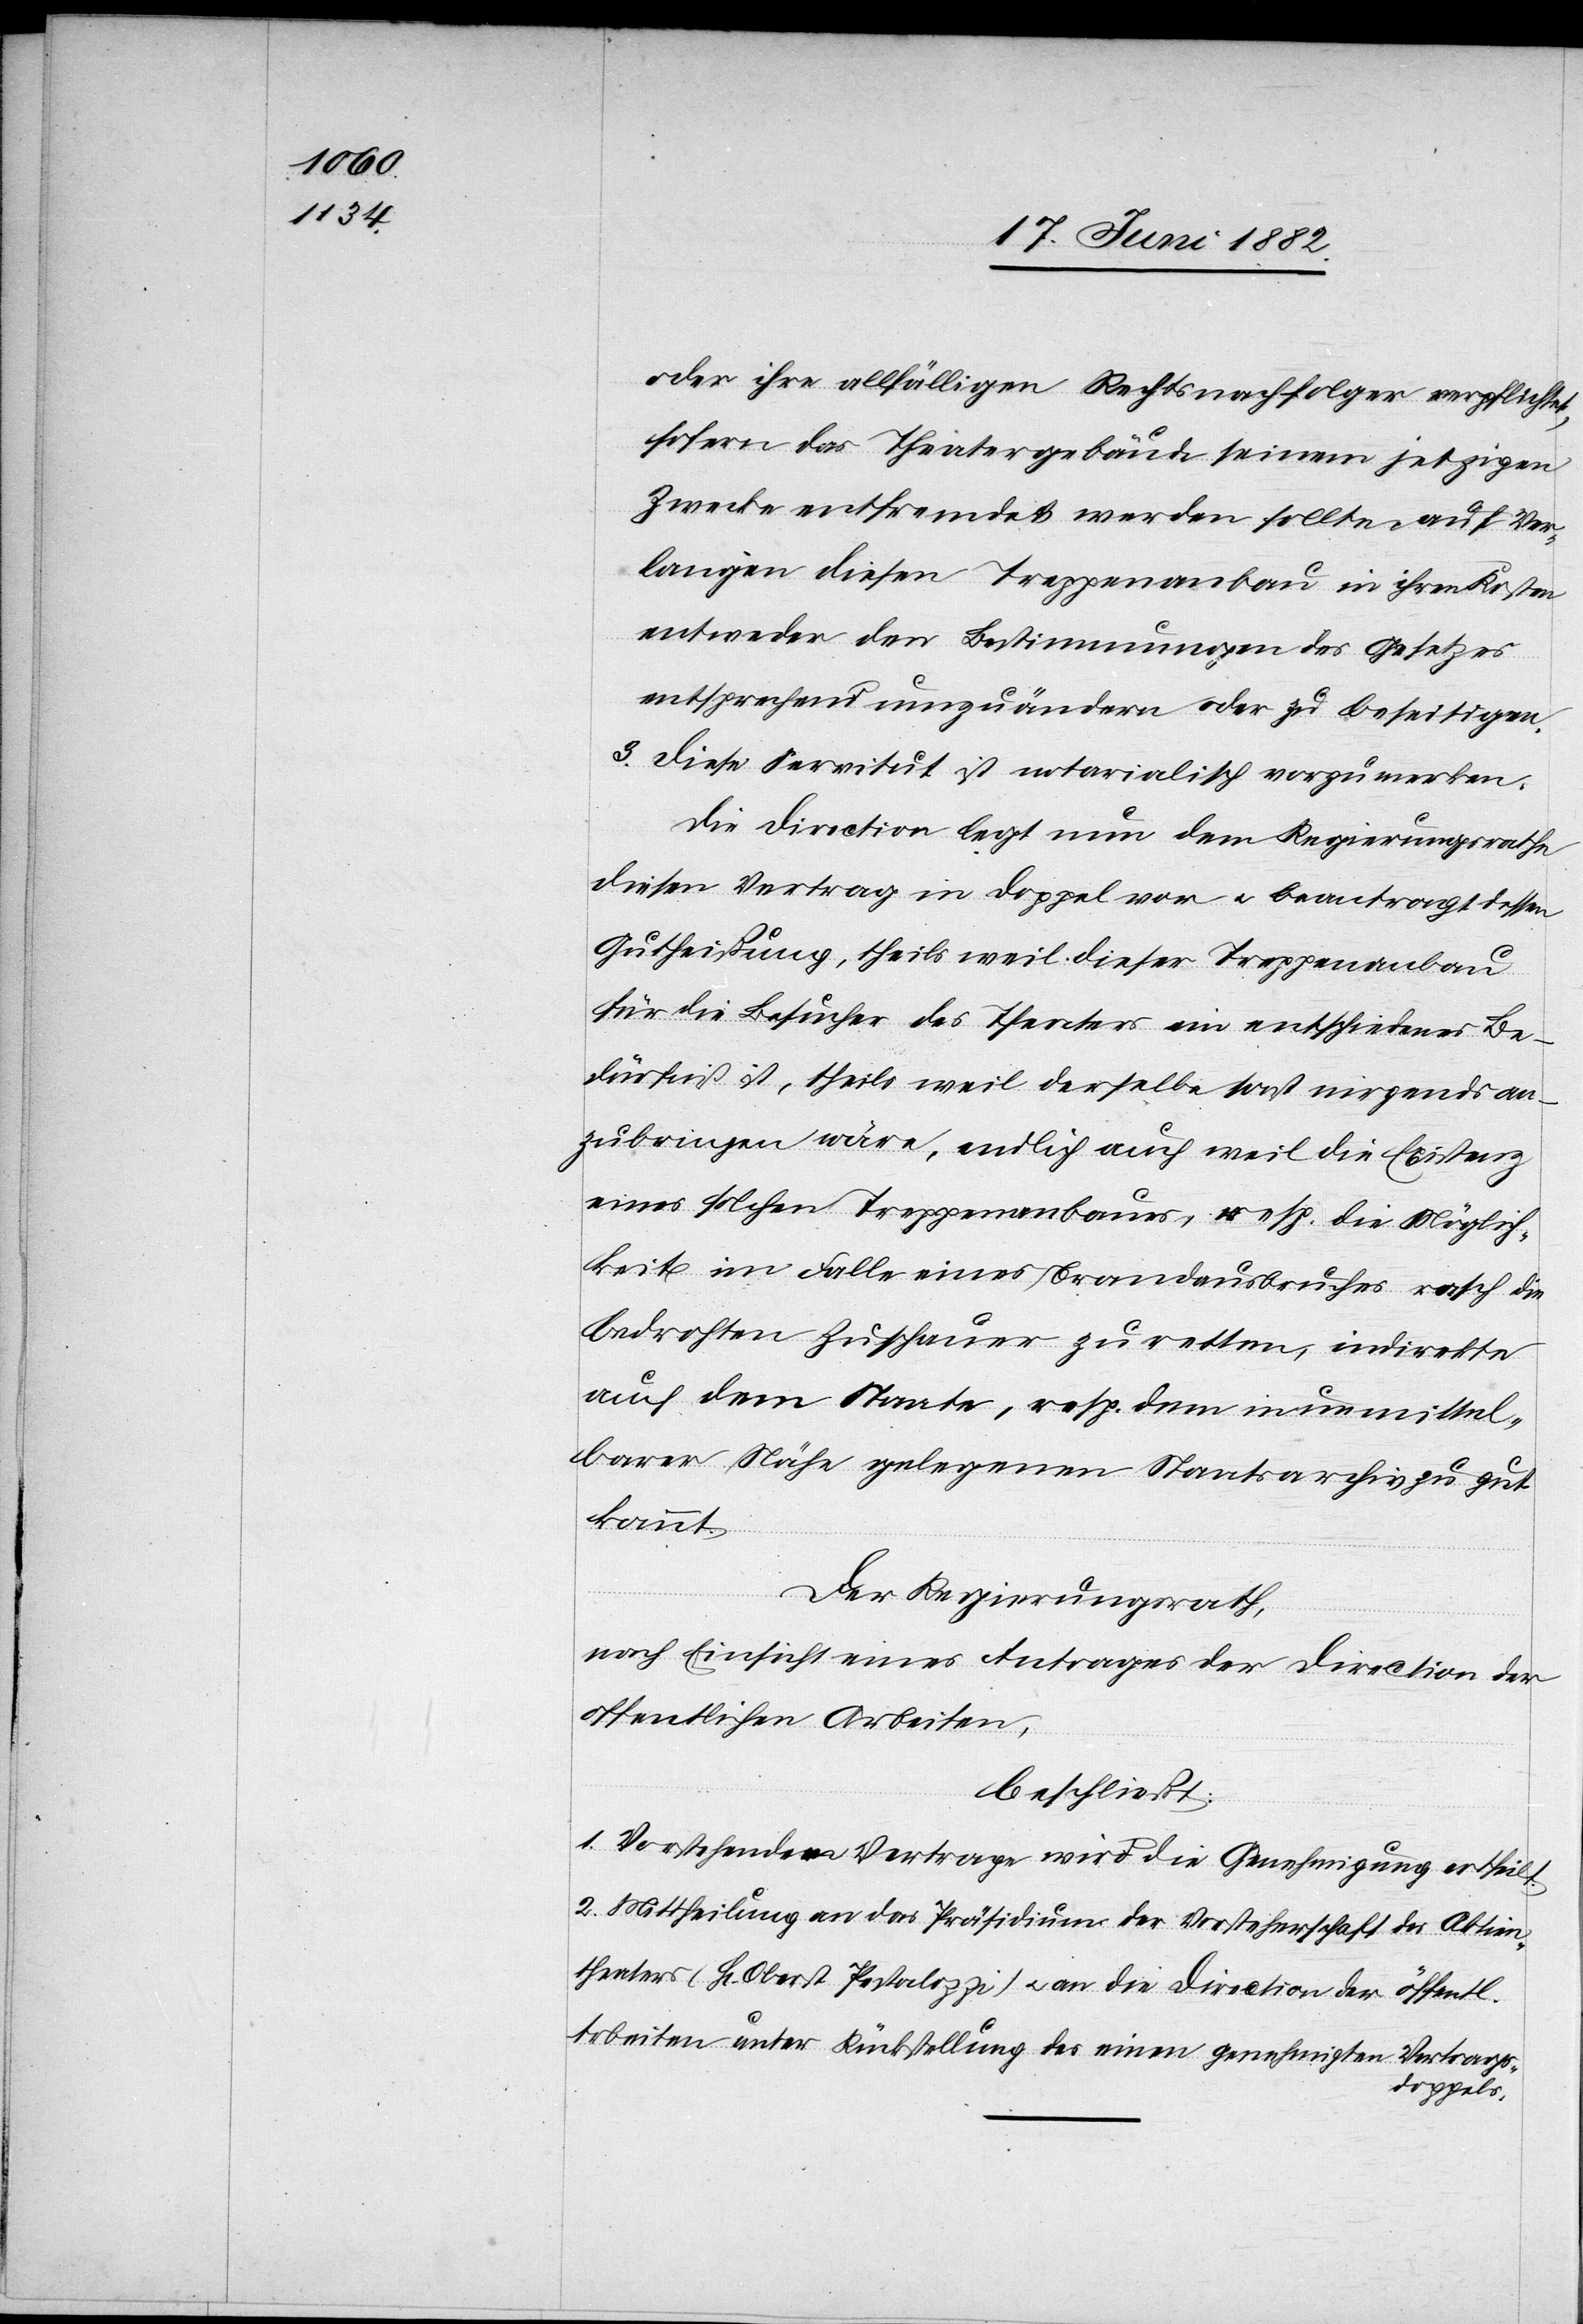
oder ihre allfälligen Rechtsnachfolger verpflichtet,
sofern das Theatergebäude seinem jetzigen
Zwecke entfremdet werden sollte auf Ver¬
langen diesen Treppenanbau in ihren Kosten
entweder den Bestimmungen des Gesetzes
entsprechend umzuändern oder zu beseitigen.
3. Diese Servitut ist notarialisch vorzumerken.“
Die Direction legt nun dem Regierungsrathe
diesen Vertrag im Doppel vor u. beantragt dessen
Gutheißung, theils weil dieser Treppenanbau
für die Besucher des Theaters ein entscheidendes Be¬
dürfniß ist, theils weil derselbe sonst nirgends an¬
zubringen wäre, endlich auch weil die Existenz
eines solchen Treppenanbaues, resp. die Möglich¬
keit im Falle eines Brandausbruches rasch die
bedrohten Zuschauer zu retten, indirekte
auch dem Staate, resp. dem in unmittel¬
barer Nähe gelegenen Staatsarchiv zu gut
kommt.
Der Regierungsrath,
nach Einsicht eines Antrages der Direction der
öffentlichen Arbeiten,
beschließt:
1. Vorstehendem Vertrage wird die Genehmigung ertheilt.
2. Mittheilung an das Präsidium der Vorsteherschaft des Aktien¬
theaters (Hr. Oberst Pestalozzi) u. an die Direction der öffentl.
Arbeiten unter Rückstellung des einen genehmigten Vertrags¬
doppels.